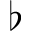
\flat